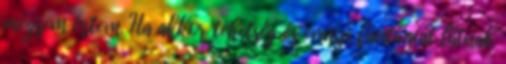
mégsem értem. Ha akkor tehetség és ennyi fantáziát látnak